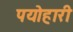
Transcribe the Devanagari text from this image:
पयोहारी